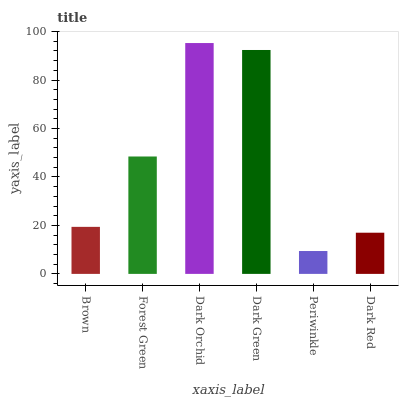
| xaxis_label | bars |
 | --- | --- |
 | Brown | 19.4 |
 | Forest Green | 48.4 |
 | Dark Orchid | 95.3 |
 | Dark Green | 92.4 |
 | Periwinkle | 9.44 |
 | Dark Red | 17 |